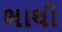
ભાથી